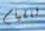
للقيام